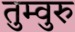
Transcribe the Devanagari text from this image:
तुम्वुरु